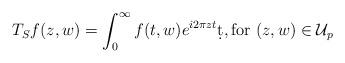
LaTeX: \begin{align*}T_Sf(z,w)= \int_0^{\infty} f(t,w)e^{i2\pi zt}\d t, \textrm{for } (z,w) \in \mathcal{U}_p\end{align*}